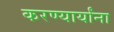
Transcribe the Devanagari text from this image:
करण्यार्यांना